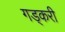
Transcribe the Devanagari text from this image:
गड्करी